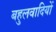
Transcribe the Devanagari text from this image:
बहुलवादियों